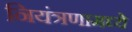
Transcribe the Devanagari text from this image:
नियंत्रणामध्ये